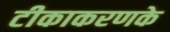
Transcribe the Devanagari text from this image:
टीकाकरणके